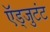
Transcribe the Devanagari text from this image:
ऍड्जुटंट